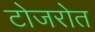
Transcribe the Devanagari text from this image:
टोजरोत